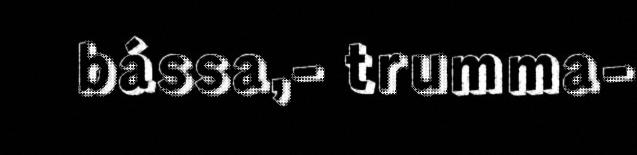
bássa,- trumma-